Punjab Mental Hospital Lahore 1922-31 - 1922-1931
Year: 1922
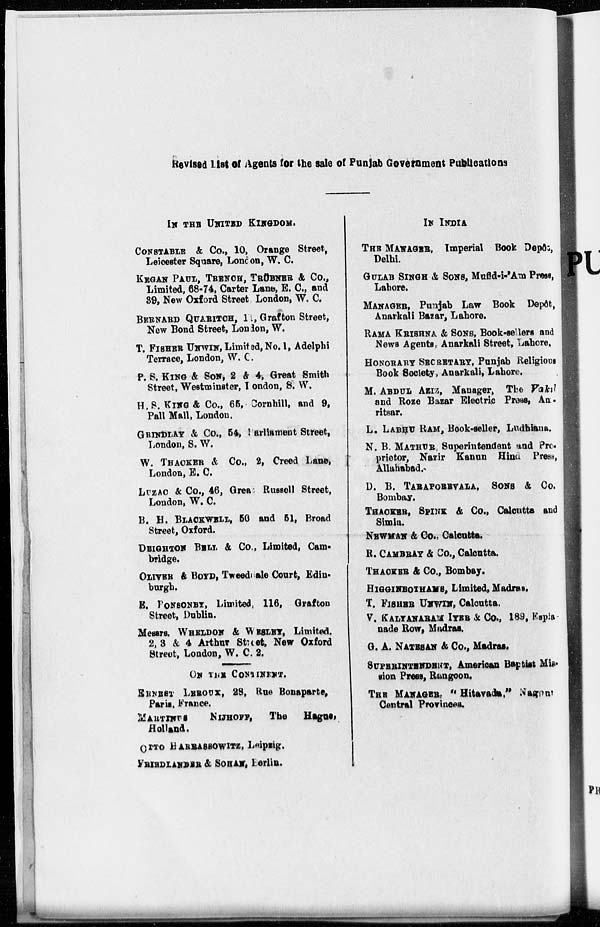
Revised List of Agents for the sale of Punjab Government Publications
IN THE UNITED KINGDOM.
CONSTABLE & Co., 10, Orange Street,
Leicester Square, London, W. C.
KEGAN PAUL, TRENCH, TRÜBNER & Co.,
Limited, 68-74, Carter Lane, E. C., and
39, New Oxford Street London, W. C.
BERNARD QUARITCH, 11, Grafton Street,
New Bond Street, London, W.
T. FISHER UNWIN, Limited, No. 1, Adelphi
Terrace, London, W. C.
P. S. KING & SON, 2 & 4, Great Smith
Street, Westminster, London, S. W.
H. S. KING & Co., 65, Cornhill, and 9,
Pall Mall, London.
GRINDLAY & Co., 54, Parliament Street,
London, S. W.
W. THACKER & Co., 2, Creed Lane,
London, E. C.
LUZAC & Co., 46, Grea Russell Street,
London, W. C.
B. H. BLACKWELL, 50 and 51, Broad
Street, Oxford.
DEIGHTON BELL & Co., Limited, Cam-
bridge.
OLIYER & BOYD, Tweeddale Court, Edin-
burgh.
E. PONSONBY, Limited, 116, Grafton
Street, Dublin.
Messrs. WHELDON & WESLEY, Limited.
2, 3 & 4 Arthur Street, New Oxford
Street, London, W. C. 2.
ON THE CONTINENT.
ERNEST LEROUX, 28, Rue Bonaparte,
Paris, France.
MARTINUS
NIJHOFF, The
Hague,
Holland.
OTTO HARRASSOWITZ, Leipzig.
FRIENLANDER & SOHAN, Berlin.
IN INDIA
THE MANAGER, Imperial Book Depôt,
Delhi.
GULAB SINGH & SONS, Mufid-i-'Am Press,
Lahore.
MANAGER, Punjab Law Book Depôt,
Anarkali Bazar, Lahore.
RAMA KRISHNA & SONS, Book-sellers and
News Agents, Anarkali Street, Lahore.
HONORARY SRCRETARY, Punjab Religious
Book Society, Anarkali, Lahore.
M. ABDUL AZIZ, Manager, The Vakil
and Roze Bazar Electric Press, Am-
ritsar.
L. LABHU RAM, Book-seller, Ludhiana.
N. B. MATHUR, Superintendent and Pro-
prietor, Nazir Kanun Hind Press,
Allahabad.
D. B. TARAPORVALA, SONS & Co.
Bombay.
THACKER, SPINK & Co., Calcutta and
Simla.
NEWMAN & Co., Calcutta.
R. CAMBRAY & Co., Calcutta.
THACKER & Co., Bombay.
HIGGINBOTHAMS, Limited, Madras.
T. FISHER UNWIN, Calcutta.
V. KALYANARAM IYER & Co., 189, Espls-
nade Row, Madras.
G. A. NATESON & Co., Madras.
SUPERINTENDENT, American Baptist Mis-
sion Press, Rangoon.
THE MANAGER, "Hitavada," Nagpur
Central Provinces.